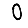
Digit: 0